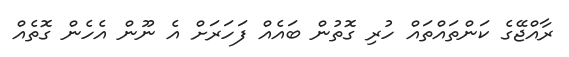
ރާއްޖޭގެ ކަންތައްތައް ހުރި ގޮތުން ބައެއް ފަހަރަށް އެ ނޫން އެހެން ގޮތެއް